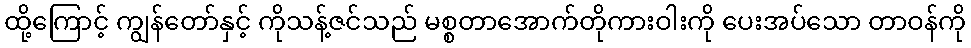
ထို့ကြောင့် ကျွန်တော်နှင့် ကိုသန့်ဇင်သည် မစ္စတာအောက်တိုကားဝါးကို ပေးအပ်သော တာဝန်ကို